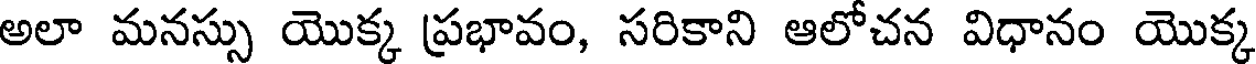
అలా మనస్సు యొక్క ప్రభావం, సరికాని ఆలోచన విధానం యొక్క